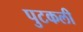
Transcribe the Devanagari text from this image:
पुटकली